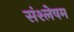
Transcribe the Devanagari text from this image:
संश्लेषम